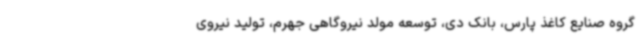
گروه صنایع کاغذ پارس، بانک دی، توسعه مولد نیروگاهی جهرم، تولید نیروی